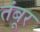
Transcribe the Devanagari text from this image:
तंबूर